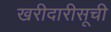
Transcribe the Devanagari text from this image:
खरीदारीसूची